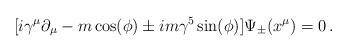
LaTeX: \begin{align*}[ i\gamma^\mu \partial_\mu -m\cos (\phi) \pm im\gamma^5 \sin (\phi) ] \Psi_\pm (x^\mu) =0\,.\end{align*}